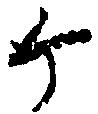
ヶ